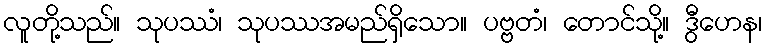
လူတို့သည်။ သုပဿံ၊ သုပဿအမည်ရှိသော။ ပဗ္ဗတံ၊ တောင်သို့။ ဒွီဟေန၊